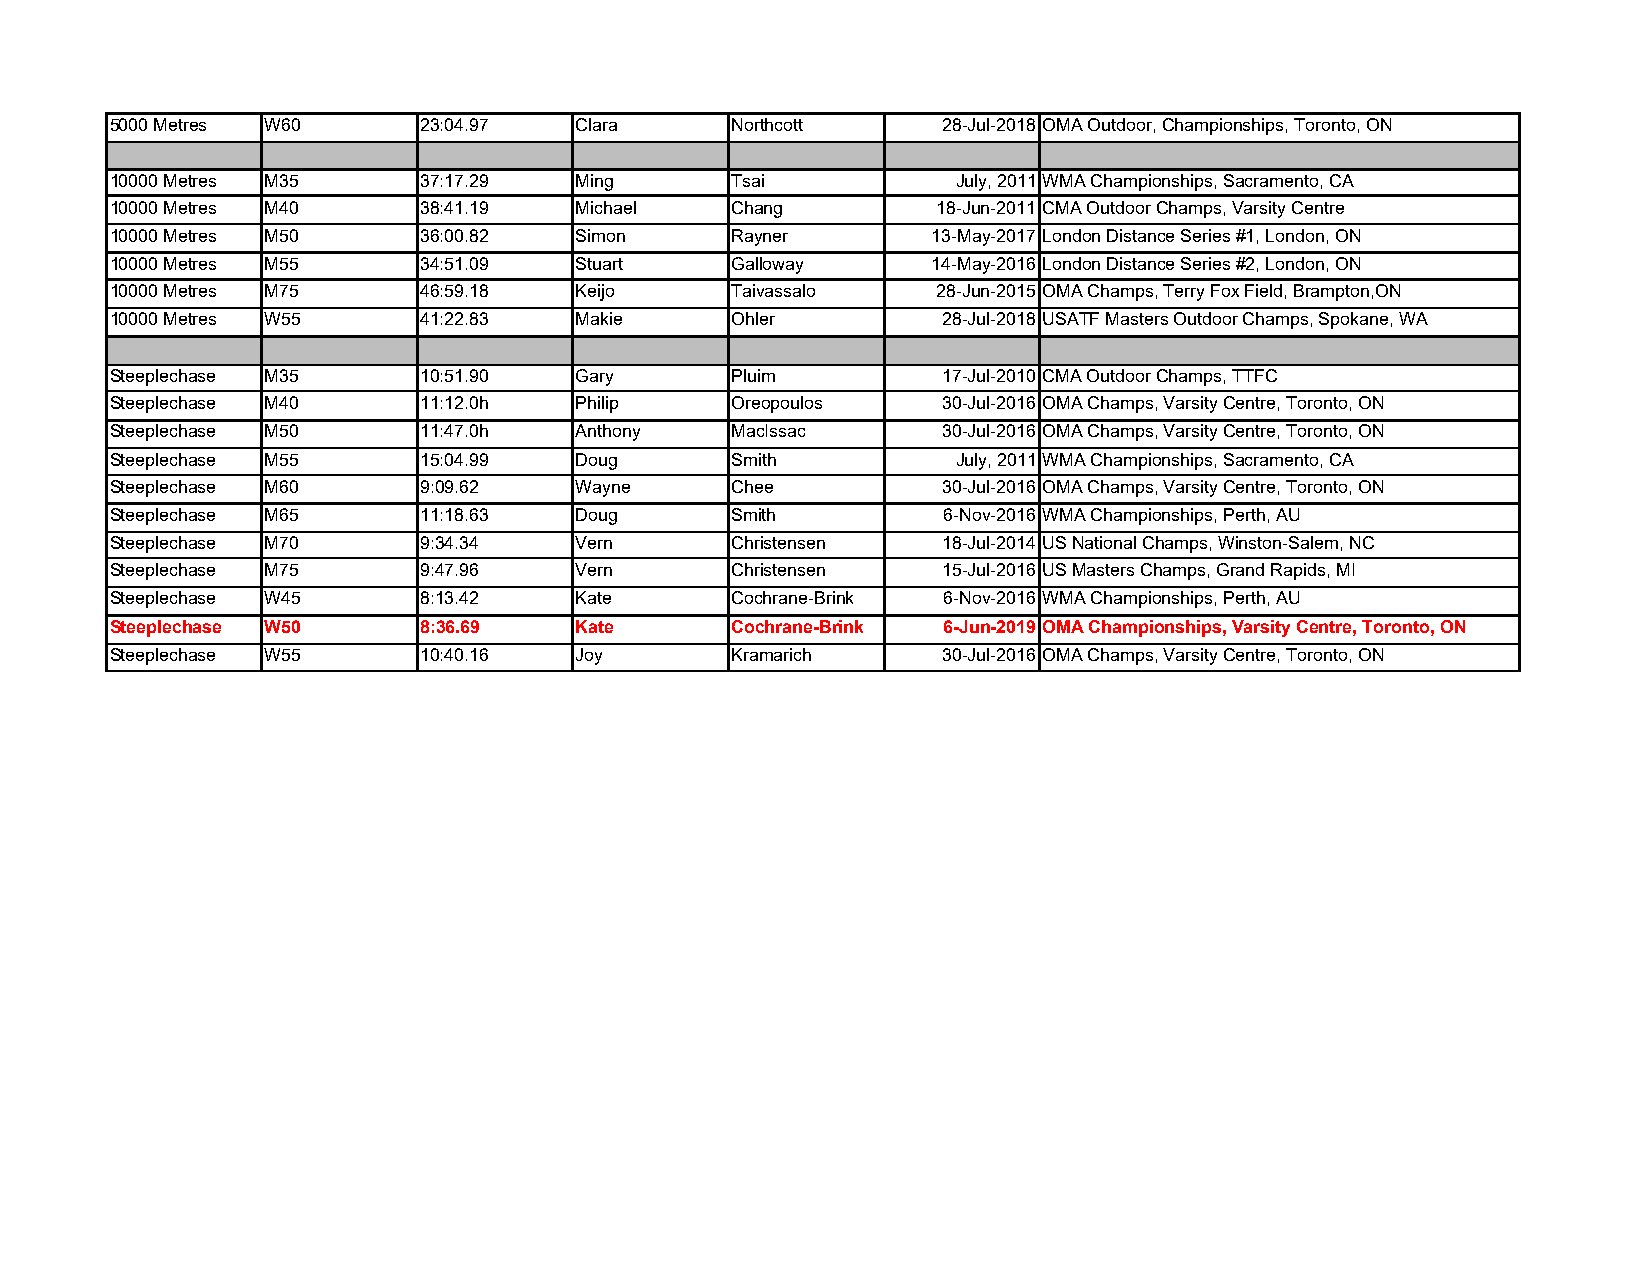
5000 Metres W60      23:04.97  Clara     Northcott     28-Jul-2018 OMA Outdoor, Championships, Toronto, ON
 10000 Metres M35     37:17.29  Ming      Tsai           July, 2011WMA Championships, Sacramento, CA
 10000 Metres M40     38:41.19  Michael   Chang         18-Jun-2011 CMA Outdoor Champs, Varsity Centre
 10000 Metres M50     36:00.82  Simon     Rayner        13-May-2017London Distance Series #1, London, ON
 10000 Metres M55     34:51.09  Stuart    Galloway      14-May-2016London Distance Series #2, London, ON
 10000 Metres M75     46:59.18  Keijo     Taivassalo    28-Jun-2015 OMA Champs, Terry Fox Field, Brampton,ON
 10000 Metres W55     41:22.83  Makie     Ohler         28-Jul-2018 USATF Masters Outdoor Champs, Spokane, WA
 Steeplechase M35     10:51.90  Gary      Pluim         17-Jul-2010 CMA Outdoor Champs, TTFC
 Steeplechase M40     11:12.0h  Philip    Oreopoulos    30-Jul-2016 OMA Champs, Varsity Centre, Toronto, ON
 Steeplechase M50     11:47.0h  Anthony   MacIssac      30-Jul-2016 OMA Champs, Varsity Centre, Toronto, ON
 Steeplechase M55     15:04.99  Doug      Smith          July, 2011WMA Championships, Sacramento, CA
 Steeplechase M60     9:09.62   Wayne     Chee          30-Jul-2016 OMA Champs, Varsity Centre, Toronto, ON
 Steeplechase M65     11:18.63  Doug      Smith         6-Nov-2016 WMA Championships, Perth, AU
 Steeplechase M70     9:34.34   Vern      Christensen   18-Jul-2014 US National Champs, Winston-Salem, NC
 Steeplechase M75     9:47.96   Vern      Christensen   15-Jul-2016 US Masters Champs, Grand Rapids, MI
 Steeplechase W45     8:13.42   Kate      Cochrane-Brink 6-Nov-2016 WMA Championships, Perth, AU
 Steeplechase W50     8:36.69   Kate      Cochrane-Brink 6-Jun-2019 OMA Championships, Varsity Centre, Toronto, ON
 Steeplechase W55     10:40.16  Joy       Kramarich     30-Jul-2016 OMA Champs, Varsity Centre, Toronto, ON